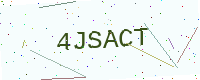
Text: 4JSACT